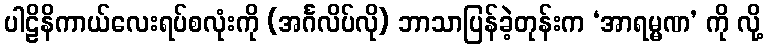
ပါဠိနိကာယ်လေးရပ်စလုံးကို (အင်္ဂလိပ်လို) ဘာသာပြန်ခဲ့တုန်းက ‘အာရမ္မဏ’ ကို လို့